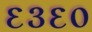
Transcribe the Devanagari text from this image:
६३६०